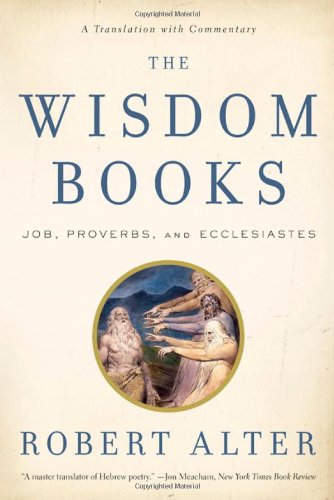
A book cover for The Wisdom Books: Job, Proverbs, and Ecclesiastes: A Translation with Commentary; Christian Books & Bibles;